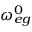
\omega _ { e g } ^ { 0 }